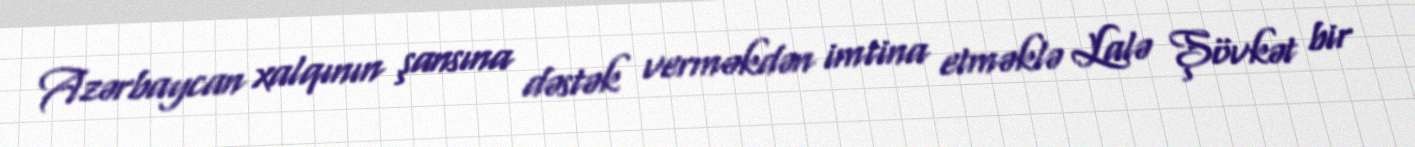
Azərbaycan xalqının şansına dəstək verməkdən imtina etməklə Lalə Şövkət bir